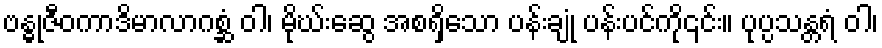
ဗန္ဓုဇီဝကာဒိမာလာဂစ္ဆံ ဝါ၊ မိုဃ်းဆွေ အစရှိသော ပန်းချုံ ပန်းပင်ကို၎င်း။ ပုပ္ပသန္တရံ ဝါ၊